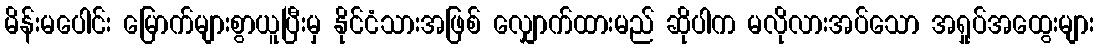
မိန်းမပေါင်း မြောက်များစွာယူပြီးမှ နိုင်ငံသားအဖြစ် လျှောက်ထားမည် ဆိုပါက မလိုလားအပ်သော အရှုပ်အထွေးများ